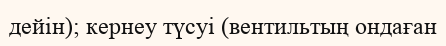
дейін); кернеу түсуі (вентильтың ондаған